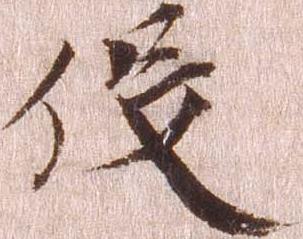
役